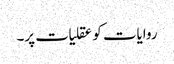
روایات کو عقلیات پر۔